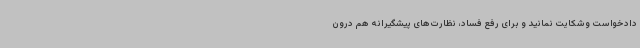
دادخواست وشکایت نمانید و برای رفع فساد، نظارت‌های پیشگیرانه هم درون